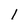
Character: 1